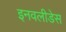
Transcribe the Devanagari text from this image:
इनवलीडेस